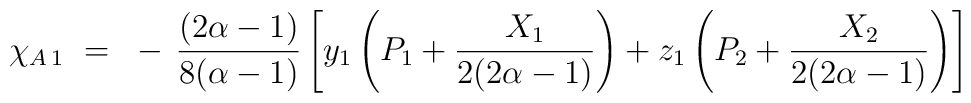
\chi_{A \, 1} ~=~ - \, \frac{(2\alpha-1)}{8(\alpha-1)} \left[y_1 \left( P_1 + \frac{X_1}{2(2\alpha-1)} \right) + z_1 \left( P_2+ \frac{X_2}{2(2\alpha-1)} \right) \right]